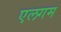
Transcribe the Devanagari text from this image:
एलगम